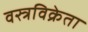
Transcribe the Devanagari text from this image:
वस्त्रविक्रेता